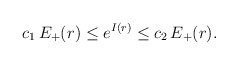
\begin{align*} c_1\,E_+(r)\leq e^{I(r)}\leq c_2\,E_+(r). \end{align*}